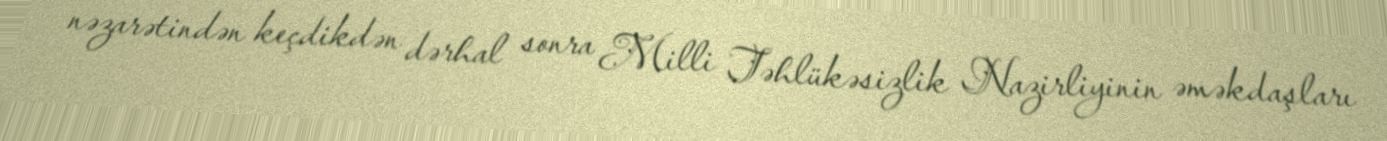
nəzarətindən keçdikdən dərhal sonra Milli Təhlükəsizlik Nazirliyinin əməkdaşları